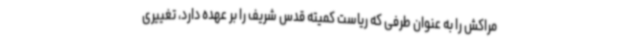
مراکش را به عنوان طرفی که ریاست کمیته قدس شریف را بر عهده دارد، تغییری